Civil Veterinary Dept. Bombay admin report 1914-1922 - 1914-1922
Year: 1914
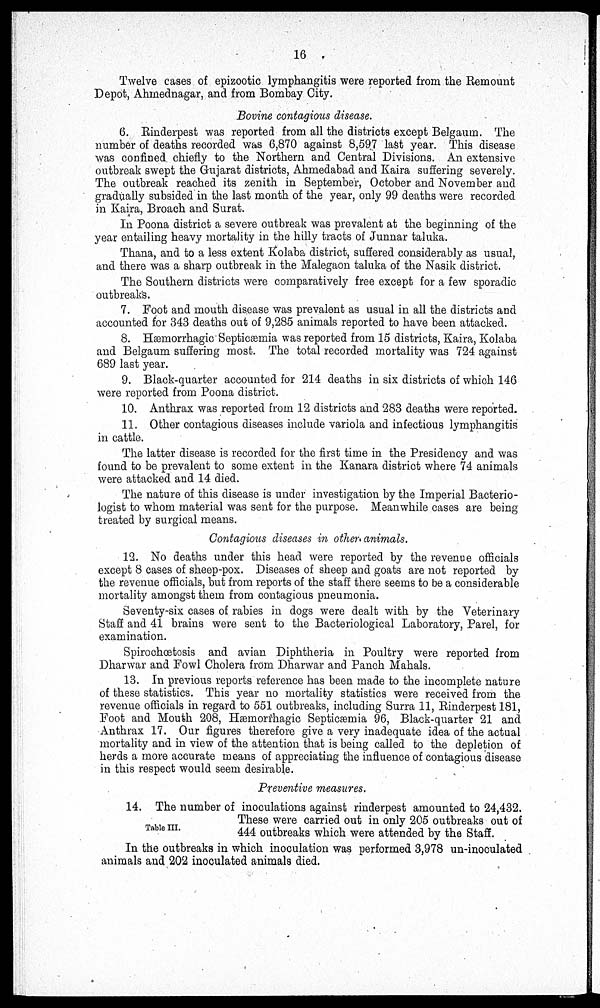
16
Twelve cases of epizootic lymphangitis were reported from the Remount
Depot, Ahmednagar, and from Bombay City.
Bovine contagious disease.
6. Rinderpest was reported from all the districts except Belgaum. The
number of deaths recorded was 6,870 against 8,597 last year. This disease
was confined chiefly to the Northern and Central Divisions. An extensive
outbreak swept the Gujarat districts, Ahmedabad and Kaira suffering severely.
The outbreak reached its zenith in September, October and November and
gradually subsided in the last month of the year, only 99 deaths were recorded
in Kaira, Broach and Surat.
In Poona district a severe outbreak was prevalent at the beginning of the
year entailing heavy mortality in the hilly tracts of Junnar taluka.
Thana, and to a less extent Kolaba district, suffered considerably as usual,
and there was a sharp outbreak in the Malegaon taluka of the Nasik district.
The Southern districts were comparatively free except for a few sporadic
outbreaks.
7. Foot and mouth disease was prevalent as usual in all the districts and
accounted for 343 deaths out of 9,285 animals reported to have been attacked.
8. Hæmorrhagic Septicæmia was reported from 15 districts, Kaira, Kolaba
and Belgaum suffering most. The total recorded mortality was 724 against
689 last year.
9. Black-quarter accounted for 214 deaths in six districts of which 146
were reported from Poona district.
10. Anthrax was reported from 12 districts and 283 deaths were reported.
11. Other contagious diseases include variola and infectious lymphangitis
in cattle.
The latter disease is recorded for the first time in the Presidency and was
found to be prevalent to some extent in the Kanara district where 74 animals
were attacked and 14 died.
The nature of this disease is under investigation by the Imperial Bacterio-
logist to whom material was sent for the purpose. Meanwhile cases are being
treated by surgical means.
Contagious diseases in others animals.
12. No deaths under this head were reported by the revenue officials
except 8 cases of sheep-pox. Diseases of sheep and goats are not reported by
the revenue officials, but from reports of the staff there seems to be a considerable
mortality amongst them from contagious pneumonia.
Seventy-six cases of rabies in dogs were dealt with by the Veterinary
Staff and 41 brains were sent to the Bacteriological Laboratory, Parel, for
examination.
Spirochœtosis and avian Diphtheria in Poultry were reported from
Dharwar and Fowl Cholera from Dharwar and Panch Mahals.
13. In previous reports reference has been made to the incomplete nature
of these statistics. This year no mortality statistics were received from the
revenue officials in regard to 551 outbreaks, including Surra 11, Rinderpest 181,
Foot and Mouth 208, Hæmorrhagic Septicæmia 96, Black-quarter 21 and
Anthrax 17. Our figures therefore give a very inadequate idea of the actual
mortality and in view of the attention that is being called to the depletion of
herds a more accurate means of appreciating the influence of contagious disease
in this respect would seem desirable.
Preventive measures.
Table III.
14. The number of inoculations against rinderpest amounted to 24,432.
These were carried out in only 205 outbreaks out of
444 outbreaks which were attended by the Staff.
In the outbreaks in which inoculation was performed 3,978 un-inoculated
animals and 202 inoculated animals died.